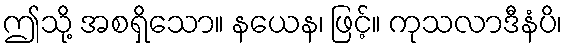
ဤသို့ အစရှိသော။ နယေန၊ ဖြင့်။ ကုသလာဒီနံပိ၊